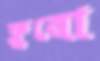
ফ্লুরো